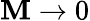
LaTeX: \mathbf{M}\to0